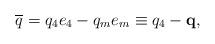
\begin{align*}\overline{q}=q_4e_4-q_me_m\equiv q_4-\mathbf{q}, \end{align*}